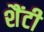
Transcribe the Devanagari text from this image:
शैंटी